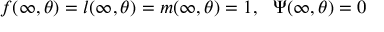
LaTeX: f ( \infty , \theta ) = l ( \infty , \theta ) = m ( \infty , \theta ) = 1 , \ \ \Psi ( \infty , \theta ) = 0